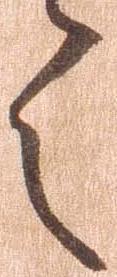
令